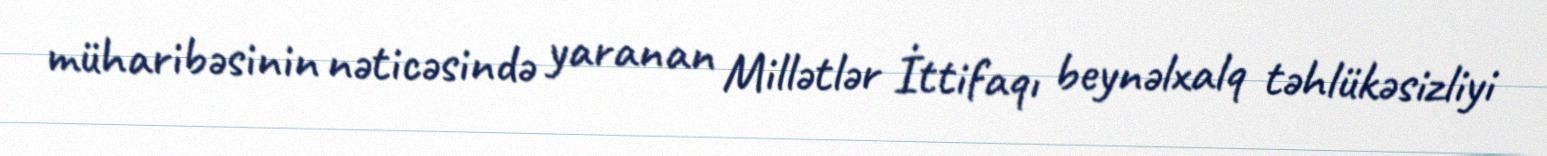
müharibəsinin nəticəsində yaranan Millətlər İttifaqı beynəlxalq təhlükəsizliyi